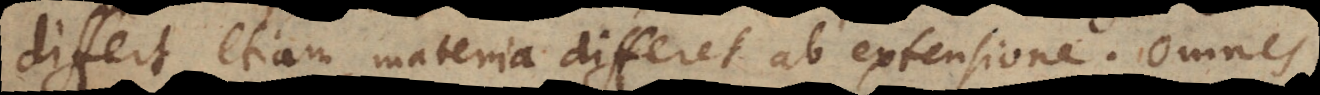
differt, etiam materia differet ab extensione. Omnes